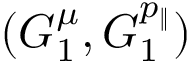
( G _ { 1 } ^ { \mu } , G _ { 1 } ^ { p _ { \| } } )